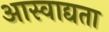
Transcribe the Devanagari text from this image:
आस्वाद्यता